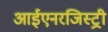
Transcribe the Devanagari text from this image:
आईएनरजिस्ट्री